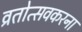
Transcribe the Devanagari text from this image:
व्रतोत्सवकरना